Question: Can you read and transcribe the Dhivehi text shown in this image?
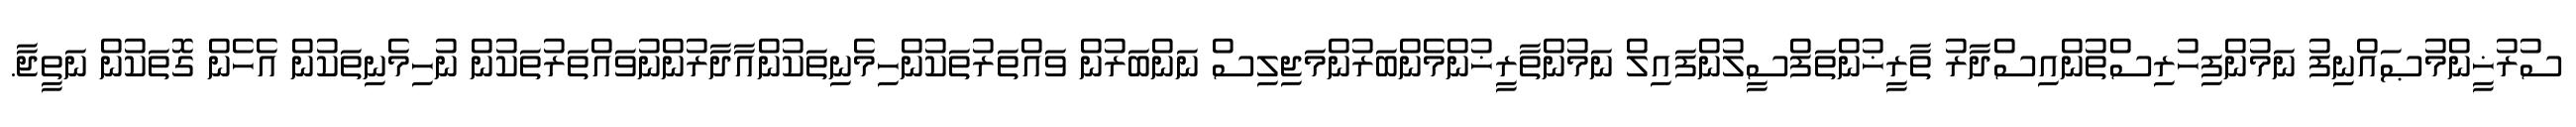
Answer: ސުރުޚީންމުޞައްނިފު ނަމުންފިހުރިސްތުންއިސްދާރު ތާރީޚުންތަފްސީލުންފައިލް ނަމުންތާރީޚުންމެންބަރުންމަޖިލިސް ނަންބަރުން ވައްތަރުތަކުންހިމެނިތަކުންއާދާރުންނުވައްތަރުތަކުން ނުހިމެނިތަކުން އެހެން ގޮތަކުން ނަތީޖާ.